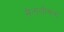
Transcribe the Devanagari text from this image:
सैंतालीसवां